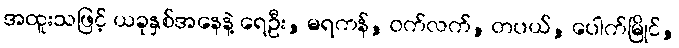
အထူးသဖြင့် ယခုနှစ်အနေနဲ့ ရေဦး, မရကန်, ဝက်လက်, တပယ်, ပေါက်မြိုင်,